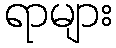
ရာများ